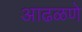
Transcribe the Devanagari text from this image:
आढळणे